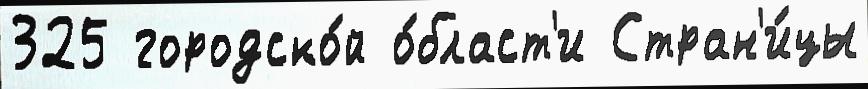
325 городско́й о́бласт'и Стран'и́цы